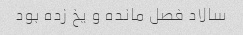
سالاد فصل مانده و یخ زده بود